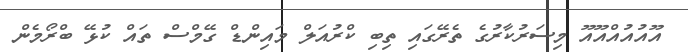
އޫއުުުއުއްއޫއޫ މިސަރުކާރުގެ ތެރޭގައި ތިބި ކްރުއަލް މައިންޑް ގޭމްސް ތައް ކުޅޭ ބްރޯމެން